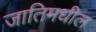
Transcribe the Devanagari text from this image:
जातिमधील